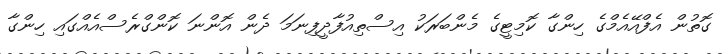
ގޮތުން އެފްއޭއެމްގެ ހިންގާ ކޮމިޓީގެ މެންބަރަކު އިސްތިއުފާދީފިނަމަ ދެން އޮންނަ ކޮންގްރެސްއެއްގައި ހިންގާ